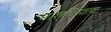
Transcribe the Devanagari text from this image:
याश्ािवाय